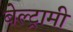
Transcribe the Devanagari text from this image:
बेल्ट्रामी